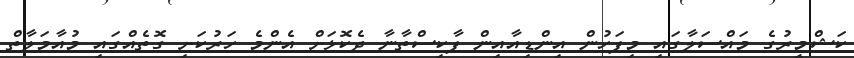
ކަޝްމީރުގެ މައްސަލާގައި މިފަހުން އިންޑިއާއިން ޕާކިސްތާނާ ދެކޮޅަށް އެންމެ ހަރުކަށި ގޮތެއްގައި މުއާމަލާތް